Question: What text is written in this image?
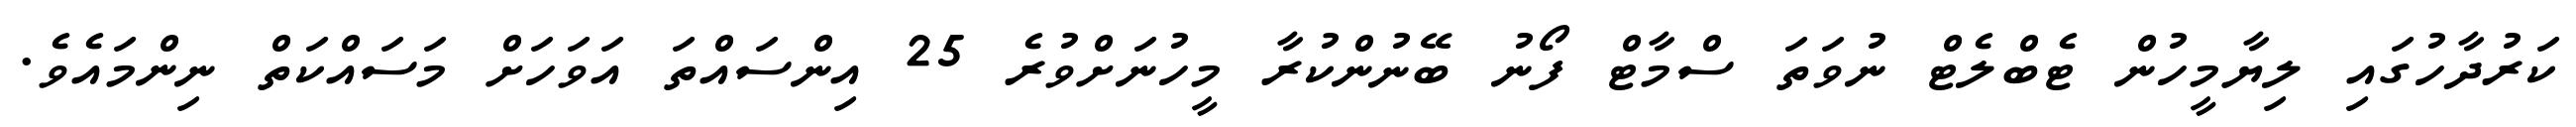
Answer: ކަރުދާހުގައި ލިޔާމީހުން ޓެބްލެޓް ނުވަތަ ސްމާޓް ފޯނު ބޭނުންކުރާ މީހުނަށްވުރެ 25 އިންސައްތަ އަވަހަށް މަސައްކަތް ނިންމައެވެ.